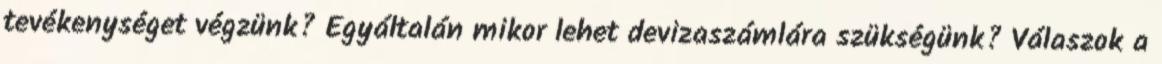
tevékenységet végzünk? Egyáltalán mikor lehet devizaszámlára szükségünk? Válaszok a